Vaccine operations Central Provinces 1886-1899 - 1886-1899
Year: 1886
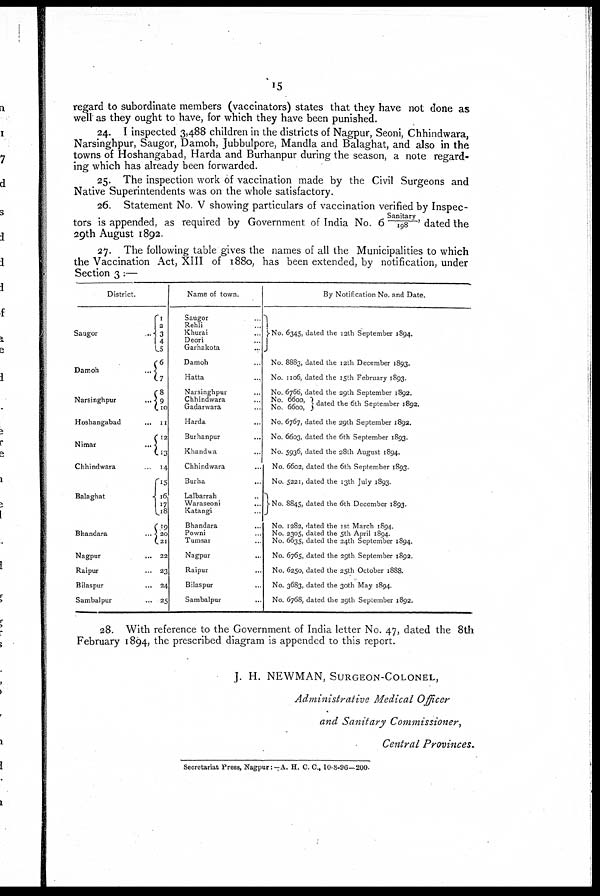
15
regard to subordinate members (vaccinators) states that they have not done as
well as they ought to have, for which they have been punished.
24. I inspected 3,488 children in the districts of Nagpur, Seoni, Chhindwara,
Narsinghpur, Saugor, Damoh, Jubbulpore, Mandla and Balaghat, and also in the
towns of Hoshangabad, Harda and Burhanpur during the season, a note regard-
ing which has already been forwarded.
25. The inspection work of vaccination made by the Civil Surgeons and
Native Superintendents was on the whole satisfactory.
26. Statement No. V showing particulars of vaccination verified by Inspec¬
tors is appended, as required by Government of India No. 6 Sanitary/198, dated the
29th August 1892.
27. The following table gives the names of all the Municipalities to which
the Vaccination Act, XIII of 1880, has been extended, by notification, under
Section 3:—
District.
Saugor ...
Damoh ...
Narsinghpur
...
Hoshangabad ...
Nimar ...
Chhindwara ...
Balaghat ...
Bhandara ...
Nagpur
...
Raipur ...
Bilaspur ...
Sambalpur ...
1
2
3
4
5
6
7
8
9
10
11
12
13
14
15
16
17
18
19
20
21
22
23
24
25
Name of town.
Saugor ...
Rehli ...
Khurai
Deori ...
Garhakota ...
Damoh ...
Hatta ...
Narsinghpur ...
Chhindwara ...
Gadarwara
Harda
...
Burhanpur
...
Khandwa ...
Chhindwara ...
Burha ...
Lalbarrah ...
Waraseoni ...
Katangi ...
Bhandara ...
Powni ...
Tumsar ...
Nagpur ...
Raipur ...
Bilaspur ...
Sambalpur ...
By Notification No. and Date.
No. 6345, dated the 12th September 1894.
No. 8883, dated the 12th December 1893.
No. 1106, dated the 15th February 1893.
No. 6766, dated the 29th September 1892.
No. 6600,
No. 6600,
dated the 6th September 1892.
No. 6767, dated the 29th September 1892.
No. 6603, dated the 6th September 1893.
No. 5936, dated the 28th August 1894.
No. 6602, dated the 6th September 1893.
No. 5221, dated the 13th July 1893.
No. 8845, dated the 6th December 1893.
No. 1282, dated the 1st March 1894.
No. 2305, dated the 5th April 1894.
No. 6635, dated the 24th September 1894.
No. 6765, dated the 29th September 1892.
No. 6250, dated the 25th October 1888.
No. 3683, dated the 30th May 1894.
No. 6768, dated the 29th September 1892.
28. With reference to the Government of India letter No. 47, dated the 8th
February 1894, the prescribed diagram is appended to this report.
J. H. NEWMAN, SURGEON-COLONEL,
Administrative Medical Officer
and Sanitary Commissioner,
Central Provinces.
Secretariat Press, Nagpur:—A. H. C. C.,10-8-96—200.